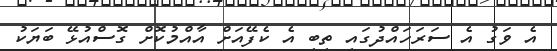
އެ ވަގު އެ ސަރަހައްދުގައި ތިބި އެ ކެފޭއަށް އާއްމުކޮށް ގޮސްއުޅޭ ބަޔަކު